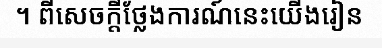
។ ពីសេចក្តីថ្លែងការណ៍នេះយើងរៀន